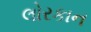
લોરકાન